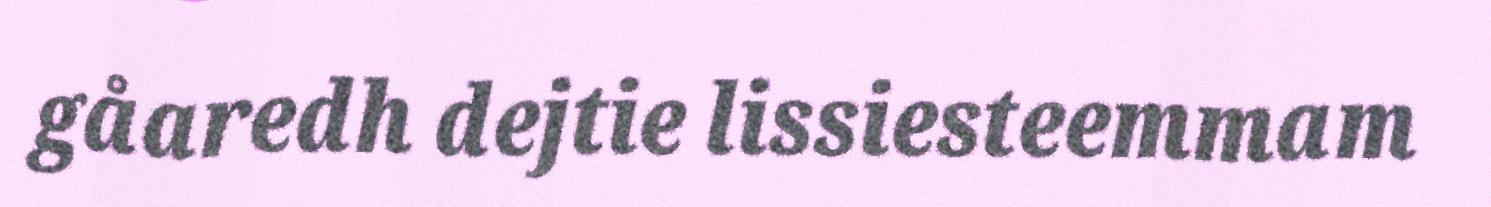
gåaredh dejtie lissiesteemmam